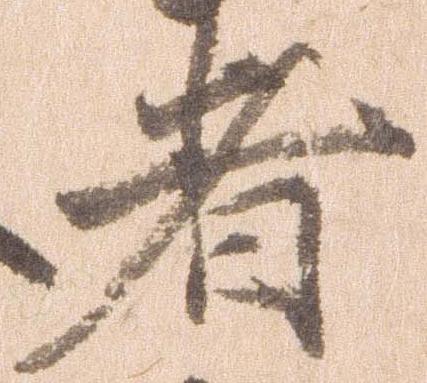
者